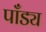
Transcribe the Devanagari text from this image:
पाँड्य